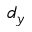
d _ { y }